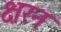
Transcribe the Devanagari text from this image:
क्षरन